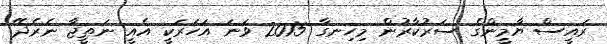
ރައީސް ޔާމީންގެ ސަރުކާރުން މިހިނގާ 2015 ވަނަ އަހަރަކީ އެއީ ނަތީޖާ ނެރެދޭ